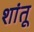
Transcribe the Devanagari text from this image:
शांतू